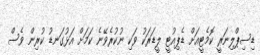
ޑިސިޕްލިނަރީ ކޮމެޓީއަށް ޑެޕިއުޓީ ލީޑަރަކު ވަކި ނުކުރެވޭނެ ކަމަށް އަޅުގަނޑު ކުރިން ވެސް